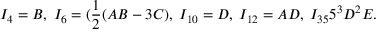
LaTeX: I _ { 4 } = B , \; I _ { 6 } = ( \frac { 1 } { 2 } ( A B - 3 C ) , \; I _ { 1 0 } = D , \; I _ { 1 2 } = A D , \; I _ { 3 5 } 5 ^ { 3 } D ^ { 2 } E .